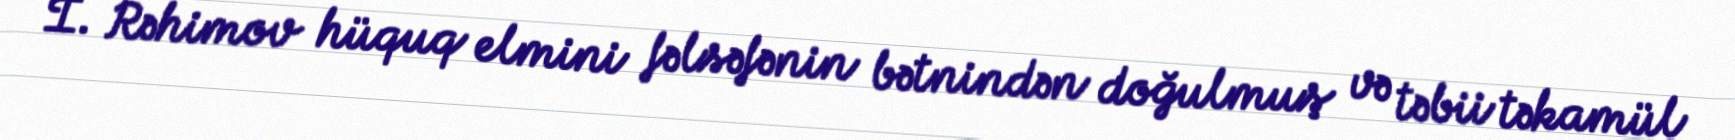
İ. Rəhimov hüquq elmini fəlsəfənin bətnindən doğulmuş və təbii təkamül